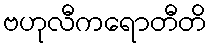
ဗဟုလီကရောတီတိ